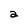
Character: a